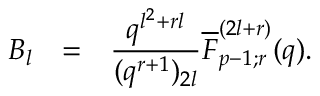
\begin{array} { r c l } { { B _ { l } } } & { { = } } & { { \displaystyle \frac { q ^ { l ^ { 2 } + r l } } { ( q ^ { r + 1 } ) _ { 2 l } } \overline { { { F } } } _ { p - 1 ; r } ^ { ( 2 l + r ) } ( q ) . } } \end{array}